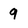
Character: 9